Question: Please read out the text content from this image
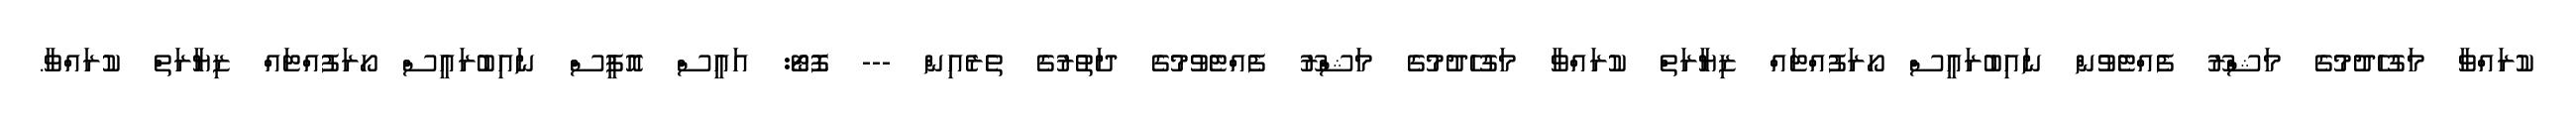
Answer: ކުރައްވާ މަގުހެދުމުގެ މަޝްރޫ ފެއްޓެވުން ނައިބުރައީސް ހޯރަފުއްޓައް ޒިޔާރަތް ކުރައްވާ މަގުހެދުމުގެ މަޝްރޫ ފެއްޓެވުމުގެ ދަތުރުގެ ތެރެއިން --- ފޮޓޯ: އައީސް އޮފީސް ނައިބުރައީސް ހޯރަފުއްޓައް ޒިޔާރަތް ކުރައްވާ.